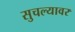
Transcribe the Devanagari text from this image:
सुचल्यावर